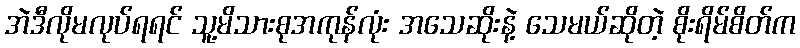
အဲဒီလိုမလုပ်ရရင် သူ့မိသားစုအကုန်လုံး အသေဆိုးနဲ့ သေမယ်ဆိုတဲ့ စိုးရိမ်စိတ်က